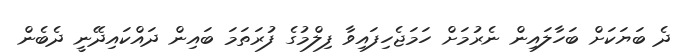
ދެ ބަޔަކަށް ބަހާލައިން ނެރުމަށް ހަމަޖެހިފައިވާ ފިލްމުގެ ފުރަތަމަ ބައިން ދައްކައިދޭނީ ދެބެން